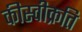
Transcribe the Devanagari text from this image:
कीस्वीक्रति